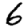
Digit: 6